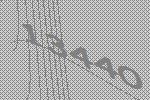
13440